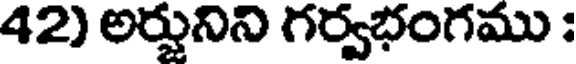
42) అర్జునిని గర్వభంగము :